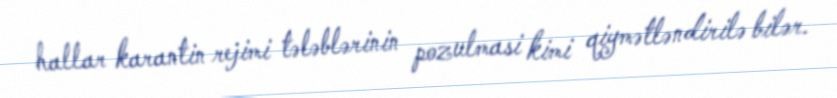
hallar karantin rejimi tələblərinin pozulmasi kimi qiymətləndirilə bilər.